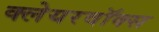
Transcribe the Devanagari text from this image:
क्लेयरवॉक्स